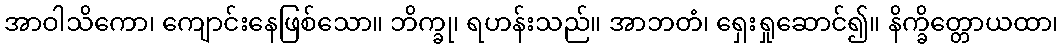
အာဝါသိကော၊ ကျောင်းနေဖြစ်သော။ ဘိက္ခု၊ ရဟန်းသည်။ အာဘတံ၊ ရှေးရှုဆောင်၍။ နိက္ခိတ္တောယထာ၊